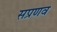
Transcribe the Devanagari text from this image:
सप्रणव